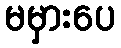
မမှားပေ